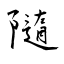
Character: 隨